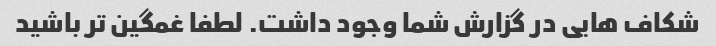
شکاف هایی در گزارش شما وجود داشت. لطفا غمگین تر باشید